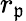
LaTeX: r_{\mathfrak{p}}